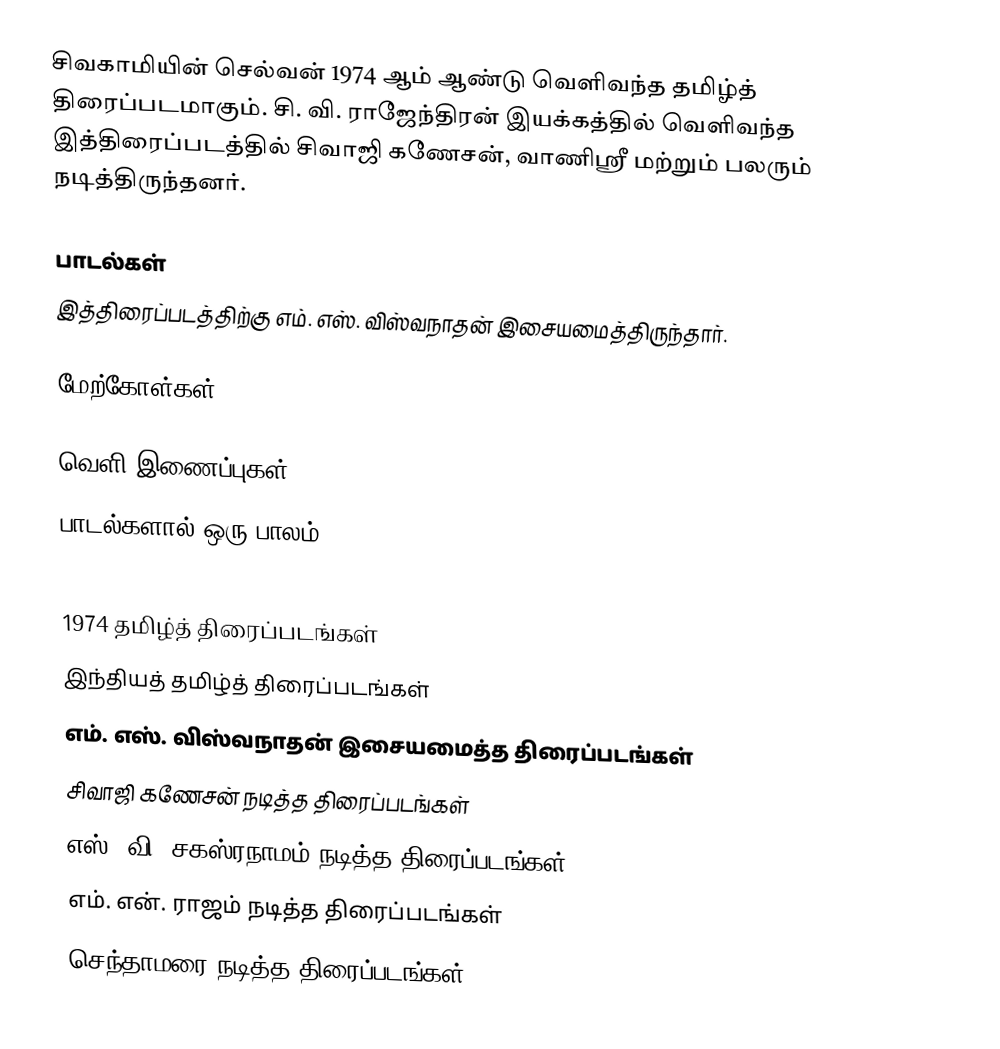
சிவகாமியின் செல்வன் 1974 ஆம் ஆண்டு வெளிவந்த தமிழ்த் திரைப்படமாகும். சி. வி. ராஜேந்திரன் இயக்கத்தில் வெளிவந்த இத்திரைப்படத்தில் சிவாஜி கணேசன், வாணிஸ்ரீ மற்றும் பலரும் நடித்திருந்தனர்.

பாடல்கள்
இத்திரைப்படத்திற்கு எம். எஸ். விஸ்வநாதன் இசையமைத்திருந்தார்.

மேற்கோள்கள்

வெளி இணைப்புகள்
 பாடல்களால் ஒரு பாலம்

1974 தமிழ்த் திரைப்படங்கள்
இந்தியத் தமிழ்த் திரைப்படங்கள்
எம். எஸ். விஸ்வநாதன் இசையமைத்த திரைப்படங்கள்
சிவாஜி கணேசன் நடித்த திரைப்படங்கள்
எஸ். வி. சகஸ்ரநாமம் நடித்த திரைப்படங்கள்
எம். என். ராஜம் நடித்த திரைப்படங்கள்
செந்தாமரை நடித்த திரைப்படங்கள்